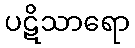
ပဋိသာရော